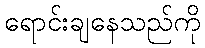
ရောင်းချနေသည်ကို